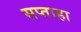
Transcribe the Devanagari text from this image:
सप्ताहा